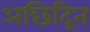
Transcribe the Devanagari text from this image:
अछिद्रित